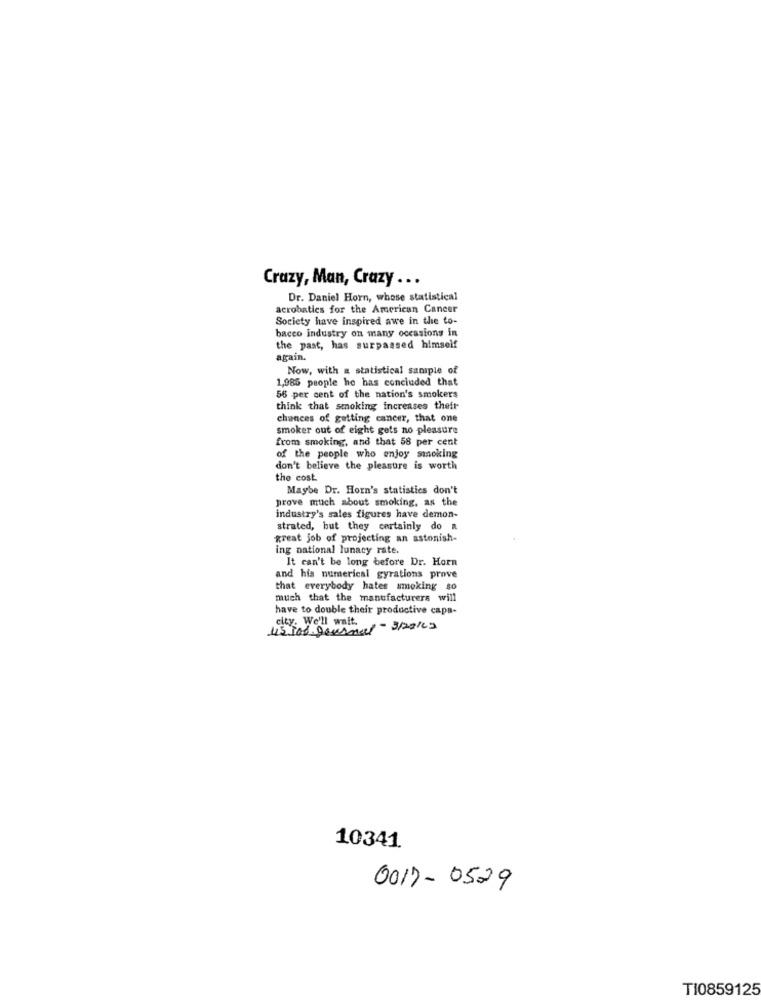
Crazy, Man, Crazy ...
Dr. Daniel Horn, whose statistical
acrobatics for the American Cancer
Society have inspired awe in the to-
bacco industry on many occasions in
the past, has surpassed himself
again.
Now, with a statistical sample of
1,985 people he has concluded that
56 per cent of the nation's smokers
think that smoking increases their
chances of getting cancer, that one
smoker out of eight gets no pleasure
from smoking, and that 58 per cent
of the people who enjoy smoking
don't believe the pleasure is worth
the cost
Maybe Dr. Horn's statistics don't
prove much about smoking, as the
industry's sales figures have demon-
strated, but they certainly do a
great job of projecting an astonish-
ing national lunacy rate.
It can't be long before Dr. Horn
and his numerical gyrations prove
that everybody hates smoking so
much that the manufacturers will
have to double their productive capa-
city. We'll wait.
10341.
0017- 0529
TI0859125